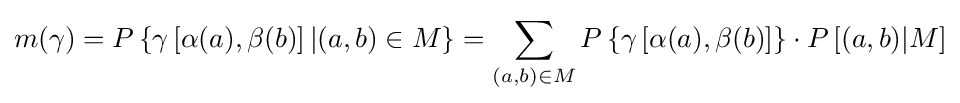
m(\gamma )=P\left\{\gamma \left[\alpha (a),\beta (b)\right]|(a,b)\in M\right\}=\sum _{(a,b)\in M}P\left\{\gamma \left[\alpha (a),\beta (b)\right]\right\}\cdot P\left[(a,b)|M\right]